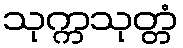
သုက္ကသုတ္တံ